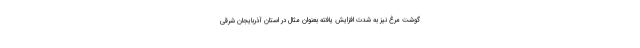
گوشت مرغ نیز به شدت افزایش یافته بعنوان مثال در استان آذربایجان شرقی